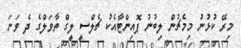
މިރޭ ކުޅުނު މިމެޗުން ލިބުނު ޕޮއިންޓާއެކު ޗެލްސީ ލީގް ތާވަލްގެ ދެ ވަނަ